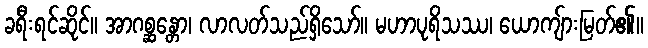
ခရီးရင်ဆိုင်။ အာဂစ္ဆန္တော၊ လာလတ်သည်ရှိသော်။ မဟာပုရိသဿ၊ ယောကျ်ားမြတ်၏။